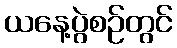
ယနေ့ပွဲစဉ်တွင်